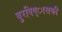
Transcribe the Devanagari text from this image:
बुरविष्ासकी